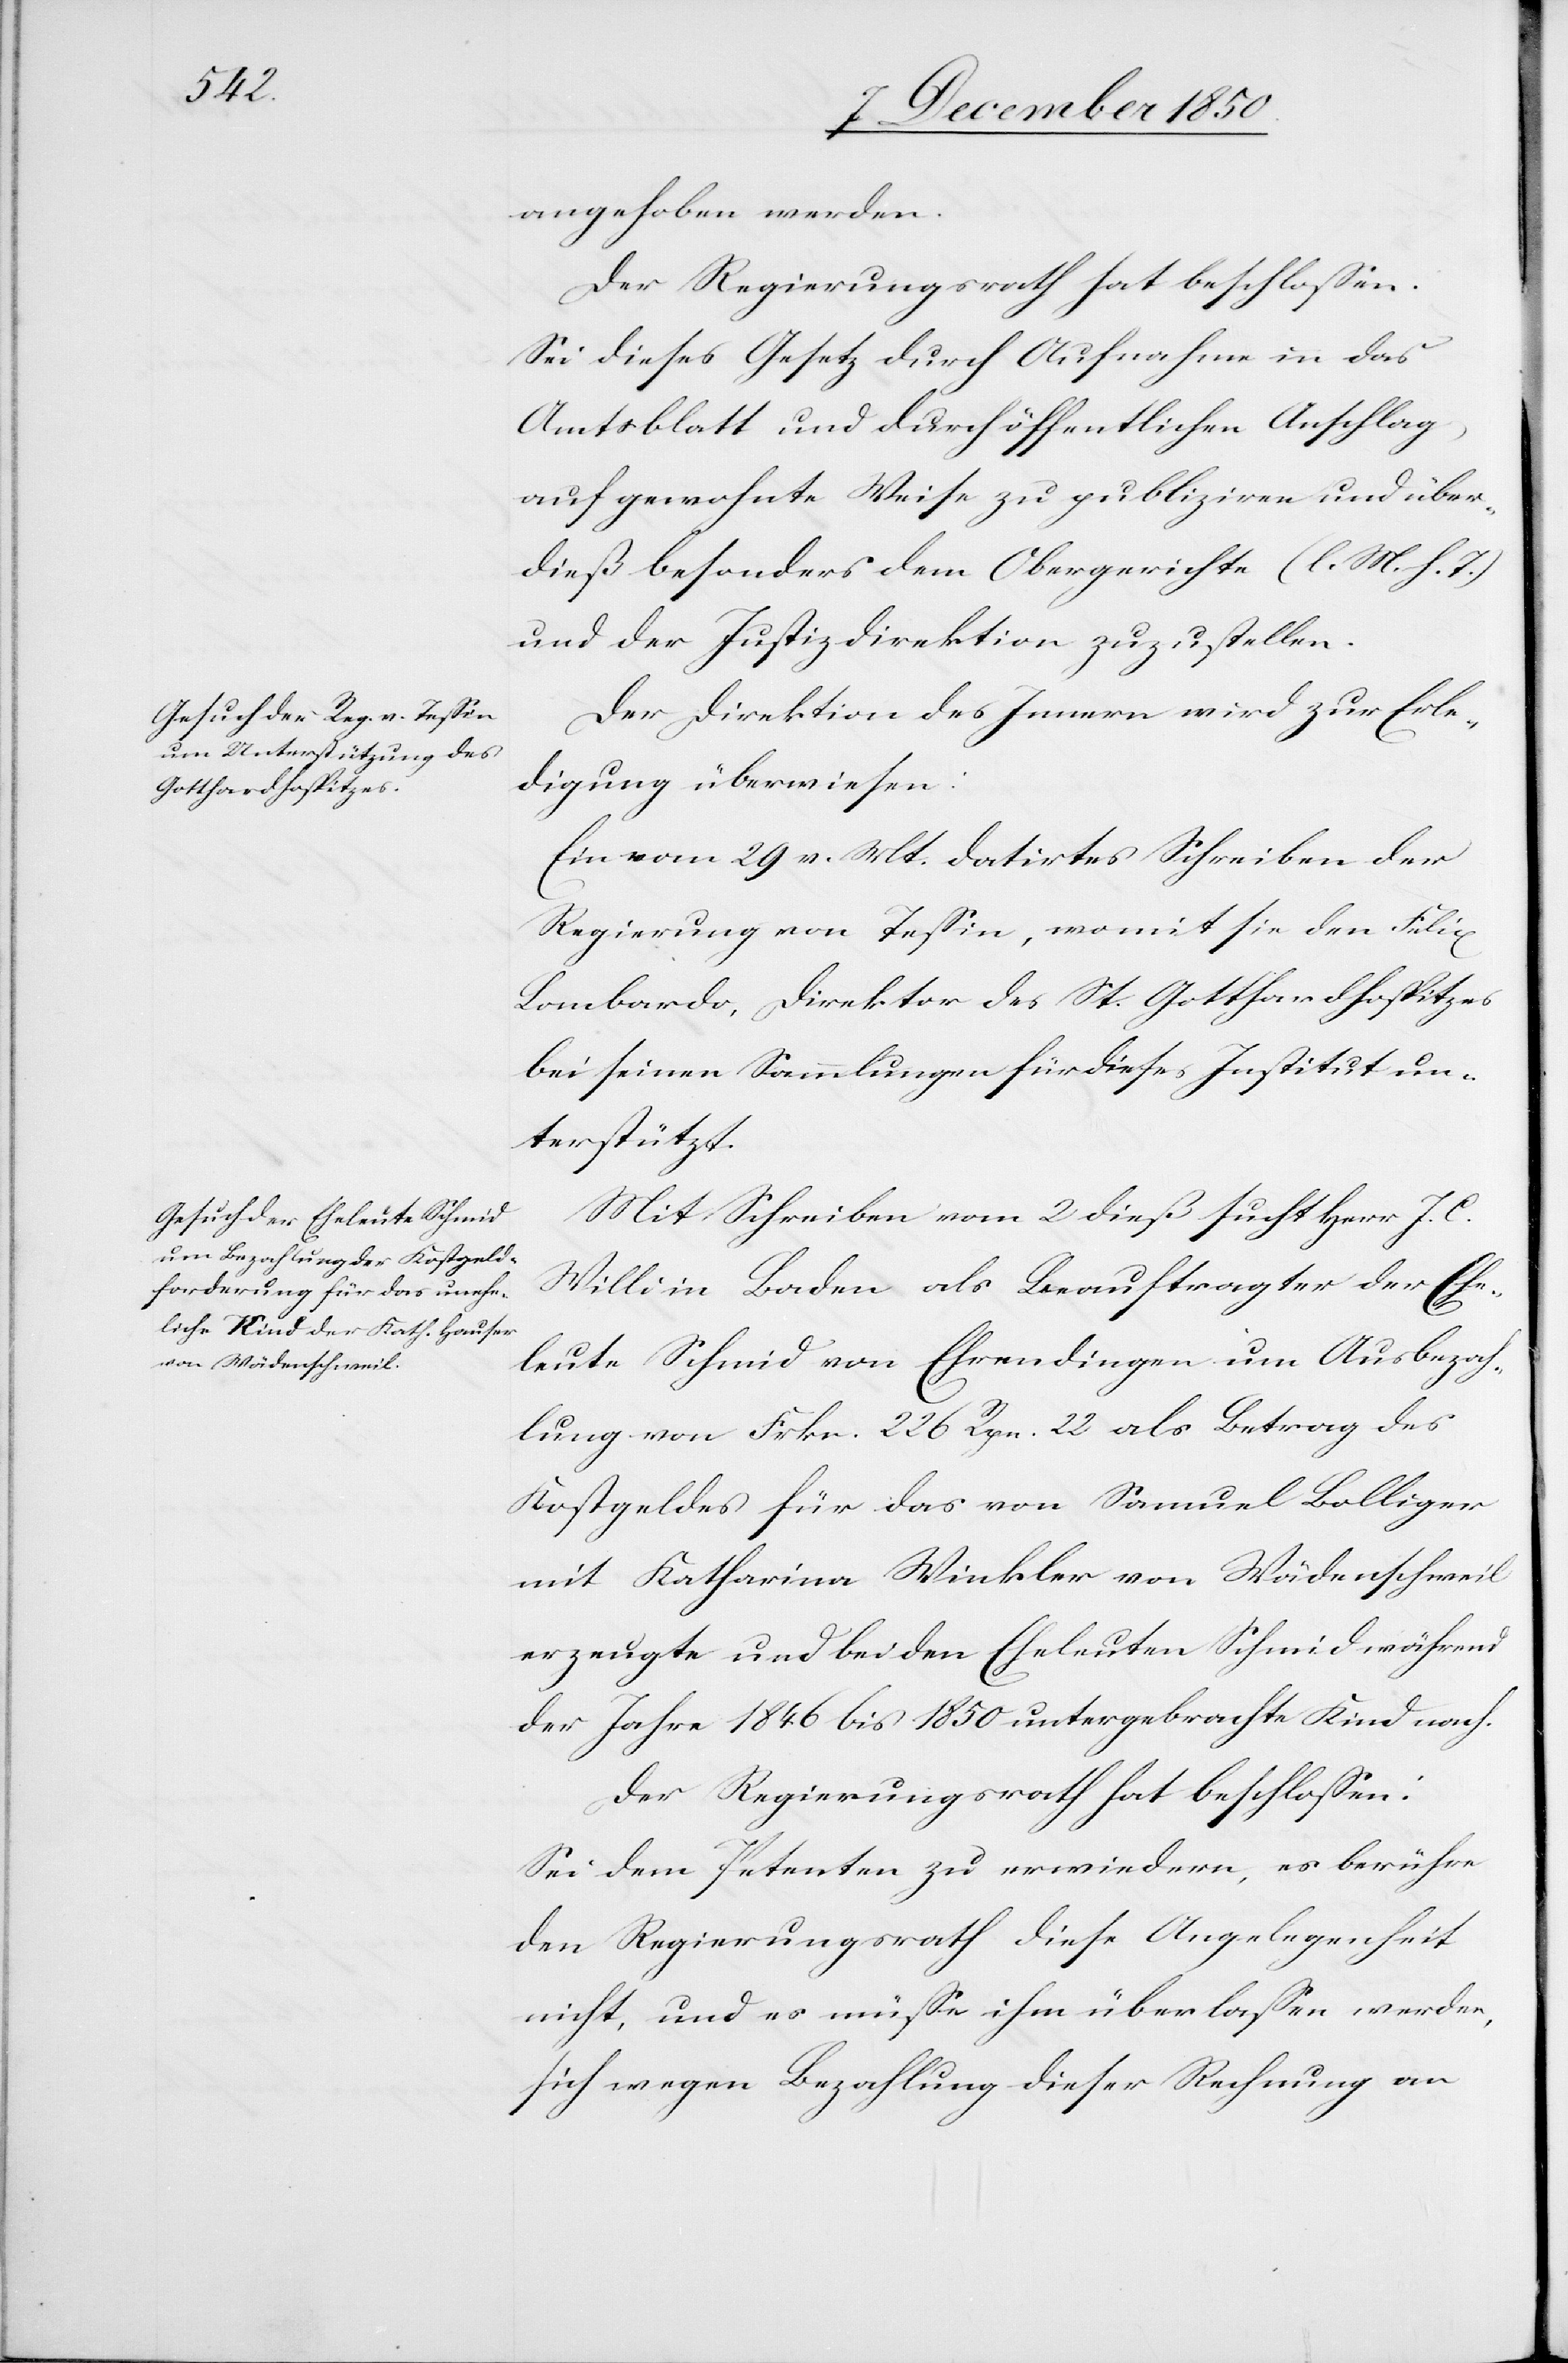
angehoben werden.
Der Regierungsrath hat beschlossen:
Sei dieses Gesetz durch Aufnahme in das
Amtsblatt und durch öffentlichen Anschlag,
auf gewohnte Weise zu publiziren und über¬
dieß besonders dem Obergerichte (l. M. h. T)
und der Justizdirektion zuzustellen.
Der Direktion des Innern wird zur Erle¬
digung überwiesen:
Ein vom 29 v. Mts. datirtes Schreiben der
Regierung von Tessin, womit sie den Felix
Lombardo, Direktor des St. Gotthardhospitzes
bei seinen Sammlungen für dieses Institut un¬
terstützt.
Mit Schreiben vom 2 dieß sucht Herr J. J.
Willi in Baden als Beauftragter der Ehe¬
leute Schmid von Ehrendingen um Ausbezah¬
lung von Frkn. 226 Rpn. 22 als Betrag des
Kostgeldes für das von Samuel Bolliger
mit Katharina Winkler von Wädenschweil
erzeugte und bei den Eheleuten Schmid während
der Jahre 1846 bis 1850 untergebrachte Kind nach.
Der Regierungsrath hat beschlossen:
Sei dem Petenten zu erwiedern, es berühre
den Regierungsrath diese Angelegenheit
nicht, und es müsse ihm überlassen werden,
sich wegen Bezahlung dieser Rechnung an